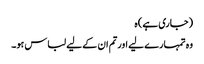
(جاری ہے) ہ
وہ تمہارے لیے اورتم ان کے لیے لباس ہو۔